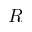
R